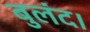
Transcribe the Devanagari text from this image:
बुलंद।